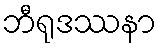
ဘီရုဒဿနာ